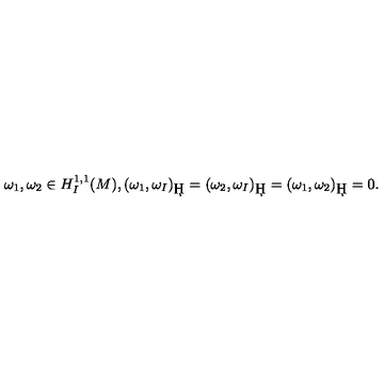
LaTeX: \omega _ { 1 } , \omega _ { 2 } \in H _ { I } ^ { 1 , 1 } ( M ) , ( \omega _ { 1 } , \omega _ { I } ) _ { \c H } = ( \omega _ { 2 } , \omega _ { I } ) _ { \c H } = ( \omega _ { 1 } , \omega _ { 2 } ) _ { \c H } = 0 . \ \